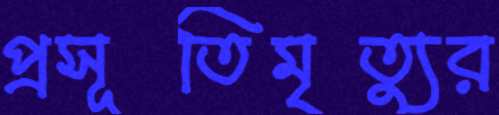
প্রসূতিমৃত্যুর